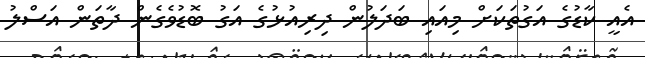
އެއީ ކާޑުގެ އަގުތަކަށް މިއައި ބަދަލުން ދިރިއުޅުގެ އަގު ބޮޑުވެގެން ދާތަން އަސްލު